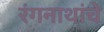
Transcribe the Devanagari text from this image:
रंगनाथांचे